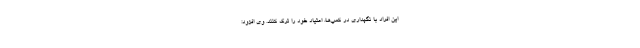
این افراد با نگهداری در کمپ‌ها، اعتیاد خود را ترک کنند. وی افزود: